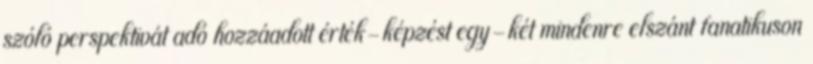
szóló perspektivát adó hozzáadott érték-képzést egy-két mindenre elszánt fanatikuson